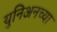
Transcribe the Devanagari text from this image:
युनिअनच्या